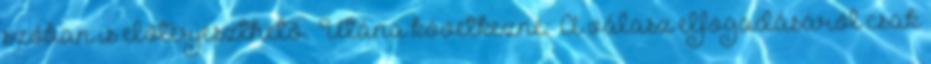
szóban is előterjeszthető.” Utána következne: “A válasz elfogadásáról csak